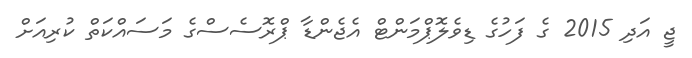
ޖީ އަދި 2015 ގެ ފަހުގެ ޑިވެލޮޕްމަންޓް އެޖެންޑާ ޕްރޮސެސްގެ މަސައްކަތް ކުރިއަށް